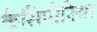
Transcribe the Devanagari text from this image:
कैसिपोरिया